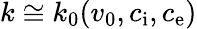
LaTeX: k\cong k_{0}(v_{0},c_{\mathrm{i}},c_{\mathrm{e}})